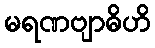
မရဏဗျာဓိဟိ